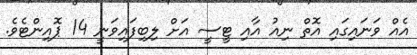
އެއް ވަނައިގައި އޮތް ނިއު އާއި ޓީސީ އަށް ލިބިފައިވަނީ 14 ޕޮއިންޓެވެ.